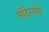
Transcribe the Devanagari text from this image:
माँटेसोरी